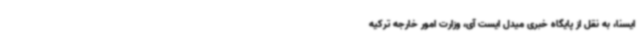
ایسنا، به نقل از پایگاه خبری میدل ایست آی، وزارت امور خارجه‌ ترکیه